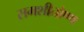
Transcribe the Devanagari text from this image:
समशीतोष्‍ण